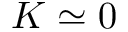
K \simeq 0